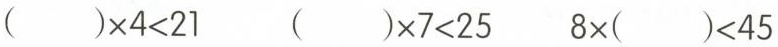
$$( ) \times 4 < 2 1$$ $$( )\times 7 < 2 5$$ $$8 \times ( ) < 4 5$$